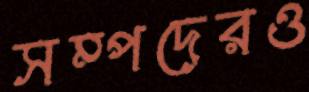
সম্পদেরও